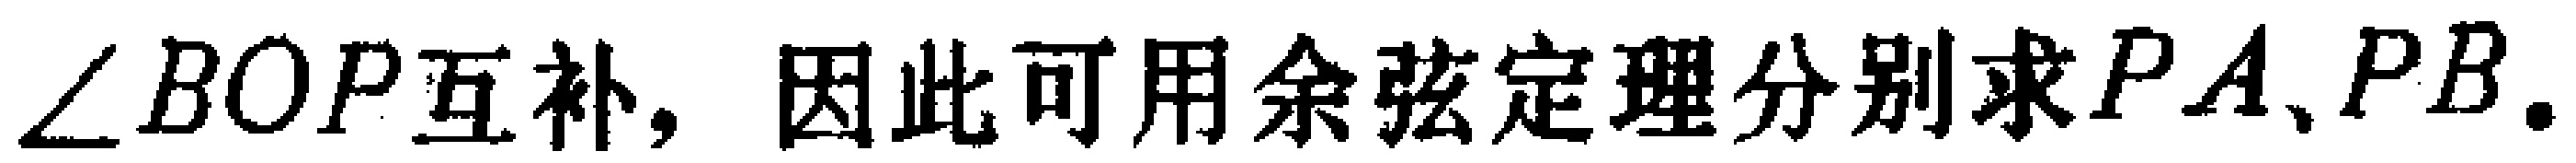
$\angle BOP互补, 因此可用余弦定理分别求PA、PB.$